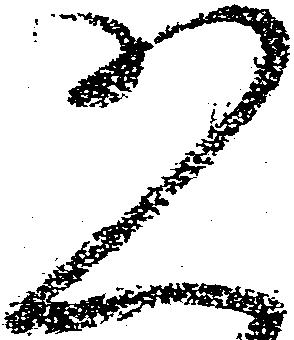
恐